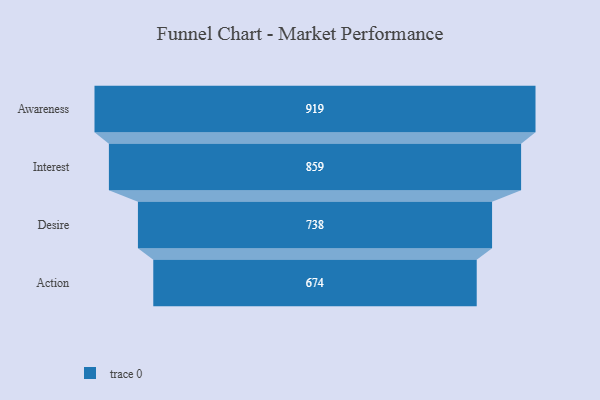
{"axis": {"x": "Stage", "y": "Value"}, "legend": [""], "data": [{"x": "Awareness", "y": 919.0, "type": ""}, {"x": "Interest", "y": 859.0, "type": ""}, {"x": "Desire", "y": 738.0, "type": ""}, {"x": "Action", "y": 674.0, "type": ""}]}